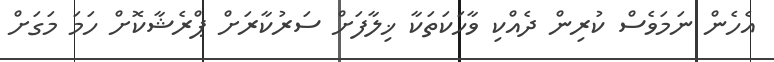
އެހެން ނަމަވެސް ކުރިން ދެއްކި ވާހަކަތަކާ ޚިލާފަށް ސަރުކާރަށް ޕްރެޝާކޮށް ހަމަ މަގަށް